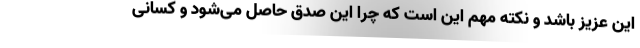
این عزیز باشد و نکته مهم این است که چرا این صدق حاصل می‌شود و کسانی